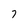
Character: 7